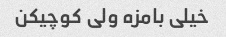
خیلی بامزه ولی کوچیکن